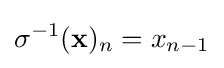
\sigma ^{-1}(\mathbf {x} )_{n}=x_{n-1}